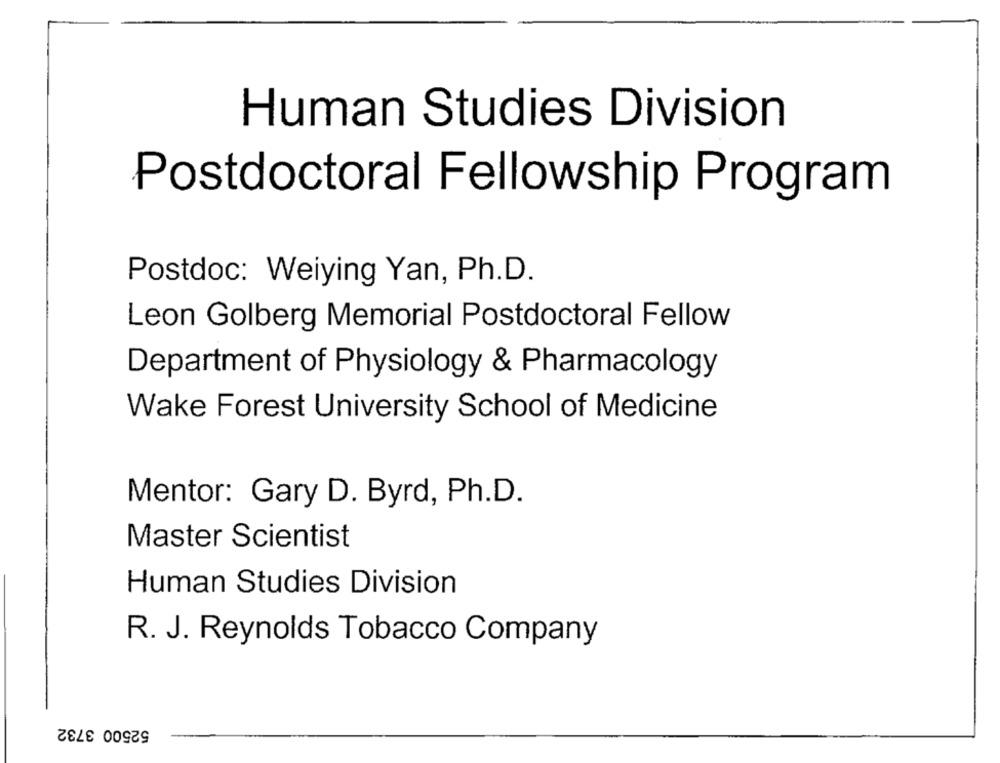
Human Studies Division
Postdoctoral Fellowship Program
Postdoc: Weiying Yan, Ph.D.
Leon Golberg Memorial Postdoctoral Fellow
Department of Physiology & Pharmacology
Wake Forest University School of Medicine
Mentor: Gary D. Byrd, Ph.D.
Master Scientist
Human Studies Division
R. J. Reynolds Tobacco Company
52500 3732